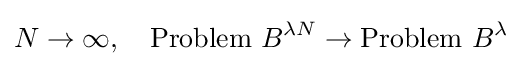
N\to \infty ,\quad {\text{Problem }}B^{\lambda N}\to {\text{Problem }}B^{\lambda }